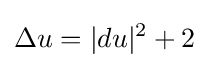
\Delta u=|du|^{2}+2